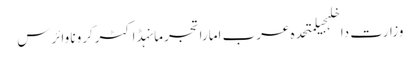
وزارت داخلہجیلمتحدہ عرب اماراتجرمانہڈاکٹرکرونا وائرس